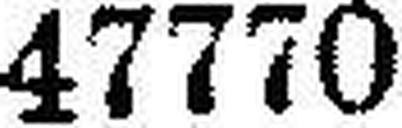
47770